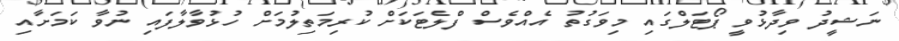
ނަޝީދު ވިދާޅުވީ ޕޯޓަލްގައި މިވަގުތު އެއްވެސް ފްލެޓަކަށް ކުރިމަތިލުމަށް ހުޅުވާލާފައި ނުވާ ކަމަށާއި